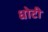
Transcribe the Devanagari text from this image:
धोटी